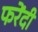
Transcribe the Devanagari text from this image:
फरेंदी